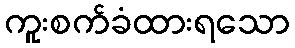
ကူးစက်ခံထားရသော